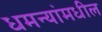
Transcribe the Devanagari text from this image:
धमन्यांमधील